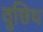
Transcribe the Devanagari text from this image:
वुछिथ